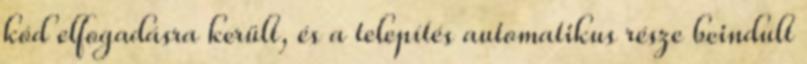
kód elfogadásra került, és a telepítés automatikus része beindult